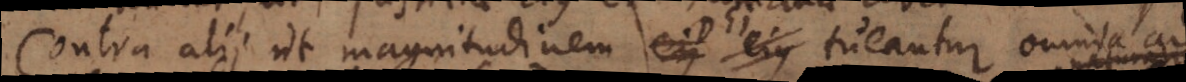
contra ut magnitudinem ejus ejus Dei tueantur omnia ad